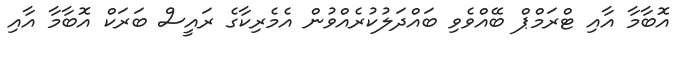
އޮބާމާ އާއި ޓްރަމްޕް ބޭއްވެވި ބައްދަލުކުރެއްވުން އެމެރިކާގެ ރައީސް ބަރަކް އޮބާމާ އާއި